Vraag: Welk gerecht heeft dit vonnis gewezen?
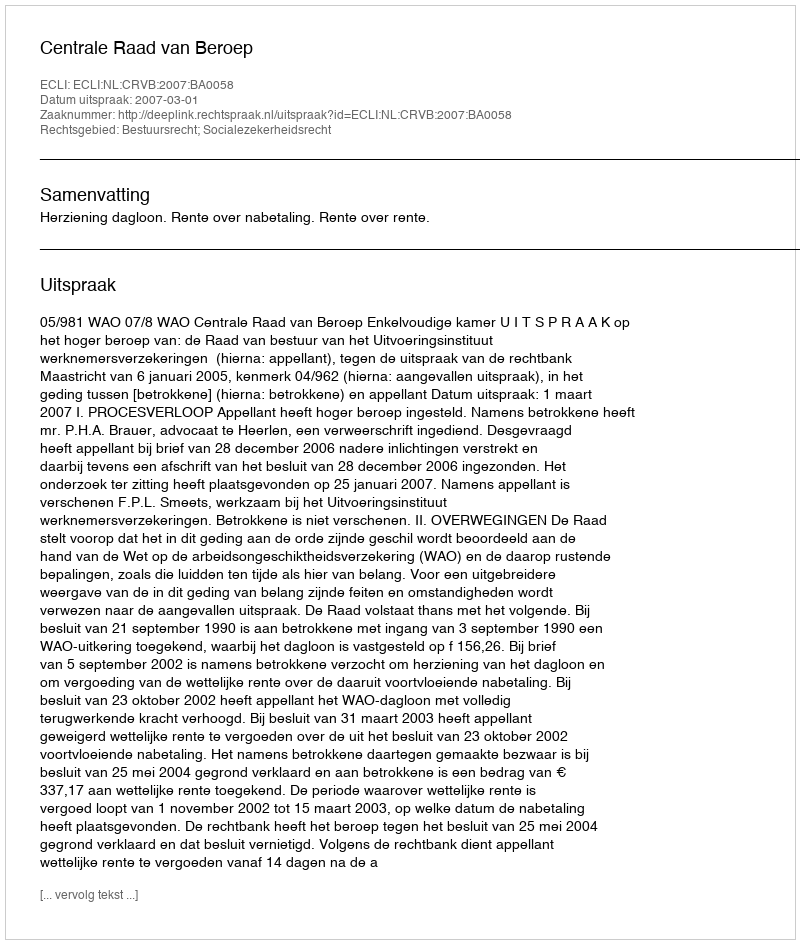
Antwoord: Centrale Raad van Beroep